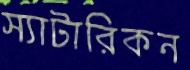
স্যাটারিকন